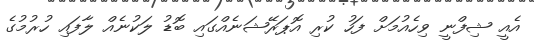
އެއީ ޝިފްނީ ވިހެއުމަށް ފަހު ކުރި އޮޕަރޭޝަނެއްގައި ބޮޑު ލަކުނެއް ލާފައި ހުރުމުގެ